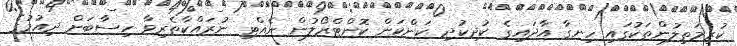
ކުރިމަތިލުންތަކުގައި ހިނގާ އާދައިގެ ކުދިކުދި ކަންކަން ކޮންޓްރޯލުން ނެއްޓި ނުރައްކާތެރިވާ ހިސާބަށް ދިއުމުގެ